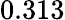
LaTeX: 0.313